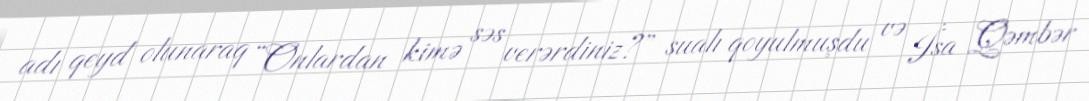
adı qeyd olunaraq “Onlardan kimə səs verərdiniz?” sualı qoyulmuşdu və İsa Qəmbər